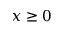
x \ge 0